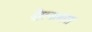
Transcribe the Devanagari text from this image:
ड्रैगनलांस